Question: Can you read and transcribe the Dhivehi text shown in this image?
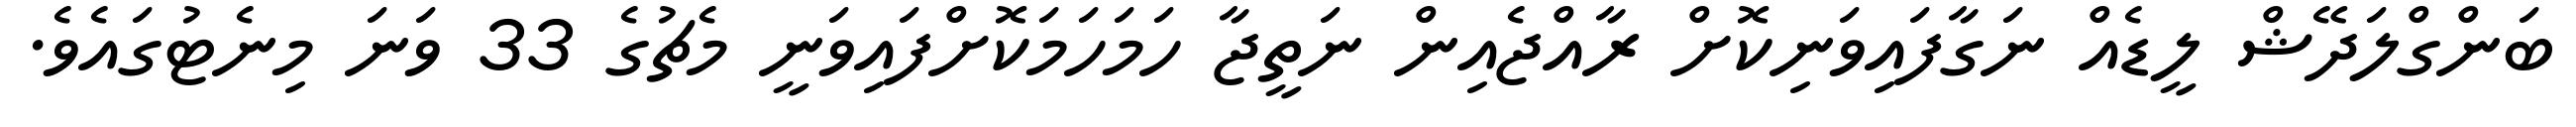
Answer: ބަންގްލަދޭޝް ލީޑެއް ނަގާފައިވަނިކޮށް ރާއްޖެއިން ނަތީޖާ ހަމަހަމަކޮށްފައިވަނީ މެޗުގެ 33 ވަނަ މިނެޓުގައެވެ.